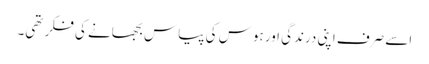
اسے صرف اپنی درندگی اور ہوس کی پیاس بجھانے کی فکر تھی۔